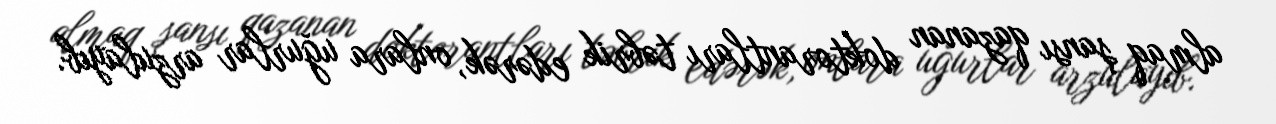
almaq şansı qazanan doktorantları təbrik edərək, onlara uğurlar arzulayıb.